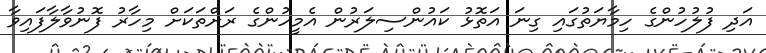
އަދި ފުލުހުންގެ ހިމާޔަތުގައި ގިނަ އަތޮޅު ކައުންސިލަރުން އެމީހުންގެ ރަށްތަކަށް މިހާރު ފޮނުވާލާފައިވާ